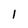
Character: l